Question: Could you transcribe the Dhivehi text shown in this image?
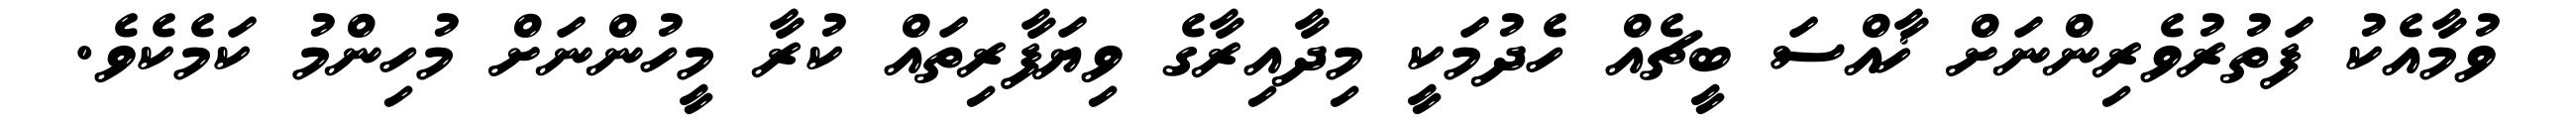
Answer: ވުމާއެކު ފަތުރުވެރިންނަށް ޚާއްސަ ބީޗެއް ހެދުމަކީ މިދާއިރާގެ ވިޔަފާރިތައް ކުރާ މީހުންނަށް މުހިންމު ކަމެކެވެ.